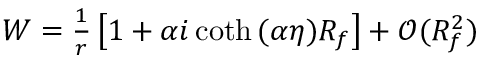
\begin{array} { r } { W = \frac { 1 } { r } \left[ 1 + \alpha i \coth { ( \alpha \eta ) } R _ { f } \right] + \mathcal { O } ( R _ { f } ^ { 2 } ) } \end{array}